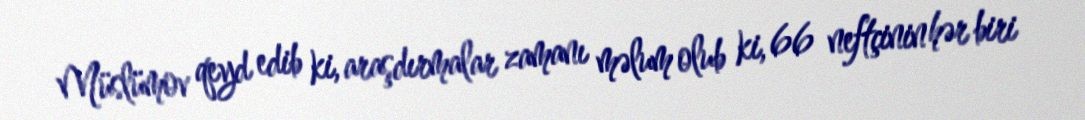
Müslümov qeyd edib ki, araşdırmalar zamanı məlum olub ki, 66 neftçinin hər biri